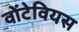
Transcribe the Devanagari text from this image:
वोंटेवियस